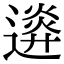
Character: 𨖉